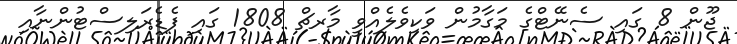
ޖޫން 8 ގައި ސެނޭޓްގެ މަގާމުން ވަކިވެލެއްވީ މާރޗް 1808 ގައި ފެޑެރަލިސްޓުންނާއި